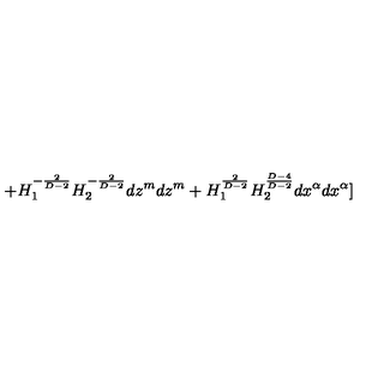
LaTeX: + H _ { 1 } ^ { - \frac { 2 } { D - 2 } } H _ { 2 } ^ { - \frac { 2 } { D - 2 } } d z ^ { m } d z ^ { m } + H _ { 1 } ^ { \frac { 2 } { D - 2 } } H _ { 2 } ^ { \frac { D - 4 } { D - 2 } } d x ^ { \alpha } d x ^ { \alpha } ]